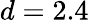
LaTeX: d=2.4